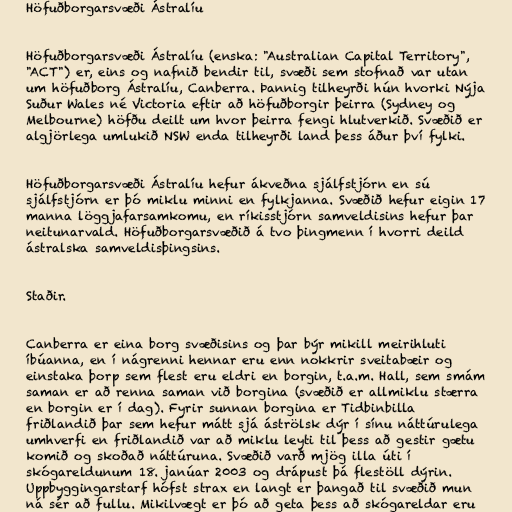
Höfuðborgarsvæði Ástralíu

Höfuðborgarsvæði Ástralíu (enska: "Australian Capital Territory",
"ACT") er, eins og nafnið bendir til, svæði sem stofnað var utan
um höfuðborg Ástralíu, Canberra. Þannig tilheyrði hún hvorki Nýja
Suður Wales né Victoria eftir að höfuðborgir þeirra (Sydney og
Melbourne) höfðu deilt um hvor þeirra fengi hlutverkið. Svæðið er
algjörlega umlukið NSW enda tilheyrði land þess áður því fylki.

Höfuðborgarsvæði Ástralíu hefur ákveðna sjálfstjórn en sú
sjálfstjórn er þó miklu minni en fylkjanna. Svæðið hefur eigin 17
manna löggjafarsamkomu, en ríkisstjórn samveldisins hefur þar
neitunarvald. Höfuðborgarsvæðið á tvo þingmenn í hvorri deild
ástralska samveldisþingsins.

Staðir.

Canberra er eina borg svæðisins og þar býr mikill meirihluti
íbúanna, en í nágrenni hennar eru enn nokkrir sveitabæir og
einstaka þorp sem flest eru eldri en borgin, t.a.m. Hall, sem smám
saman er að renna saman við borgina (svæðið er allmiklu stærra
en borgin er í dag). Fyrir sunnan borgina er Tidbinbilla
friðlandið þar sem hefur mátt sjá áströlsk dýr í sínu náttúrulega
umhverfi en friðlandið var að miklu leyti til þess að gestir gætu
komið og skoðað náttúruna. Svæðið varð mjög illa úti í
skógareldunum 18. janúar 2003 og drápust þá flestöll dýrin.
Uppbyggingarstarf hófst strax en langt er þangað til svæðið mun
ná sér að fullu. Mikilvægt er þó að geta þess að skógareldar eru